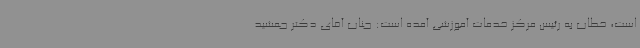
است، خطاب به رئیس مرکز خدمات آموزشی آمده است: جناب آقای دکتر جمشید